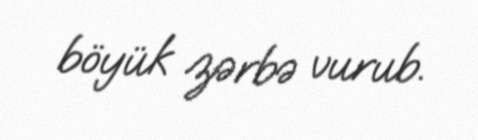
böyük zərbə vurub.